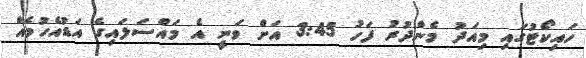
ހައިކޯޓުގައި މިއަދު މެންދުރު ފަހު 3:45 އަށް ވަނީ އެ މައްސަލައިގެ އަޑުއެހުމެއް